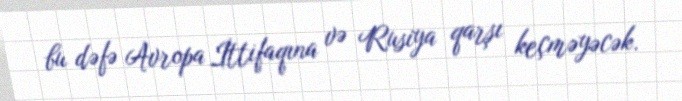
bu dəfə Avropa İttifaqına və Rusiya qarşı keçməyəcək.